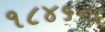
૧૮૪૬ના